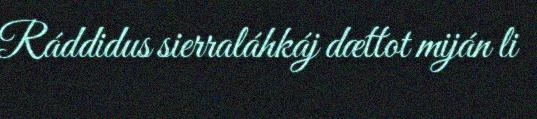
Ráddidus sierraláhkáj dættot miján li